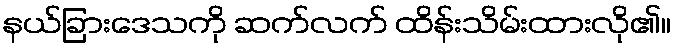
နယ်ခြားဒေသကို ဆက်လက် ထိန်းသိမ်းထားလို၏။